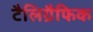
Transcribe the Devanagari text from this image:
टैलिग्रैफिक